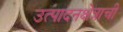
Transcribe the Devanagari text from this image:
उत्पादनक्षेत्राची